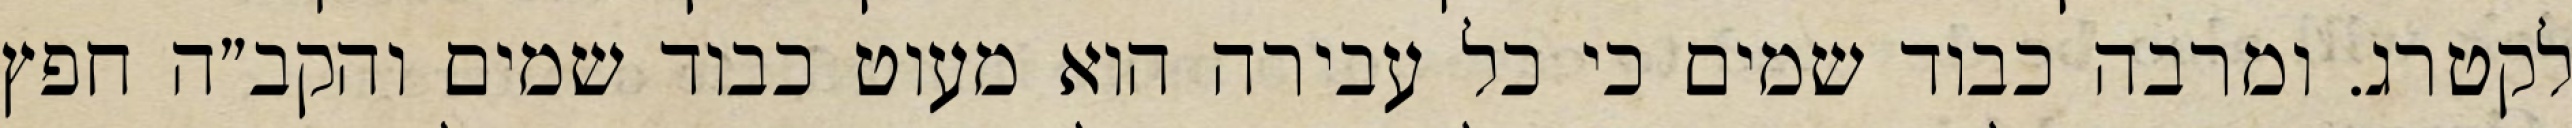
לקטרג. ומרבה כבוד שמים כי כל עבירה הוא מעוט כבוד שמים והקב״ה חפץ